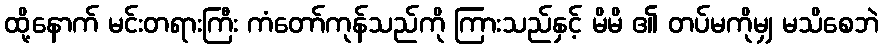
ထို့နောက် မင်းတရားကြီး ကံတော်ကုန်သည်ကို ကြားသည်နှင့် မိမိ ၏ တပ်မကိုမျှ မသိစေဘဲ